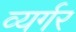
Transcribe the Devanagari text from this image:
व्यर्गर